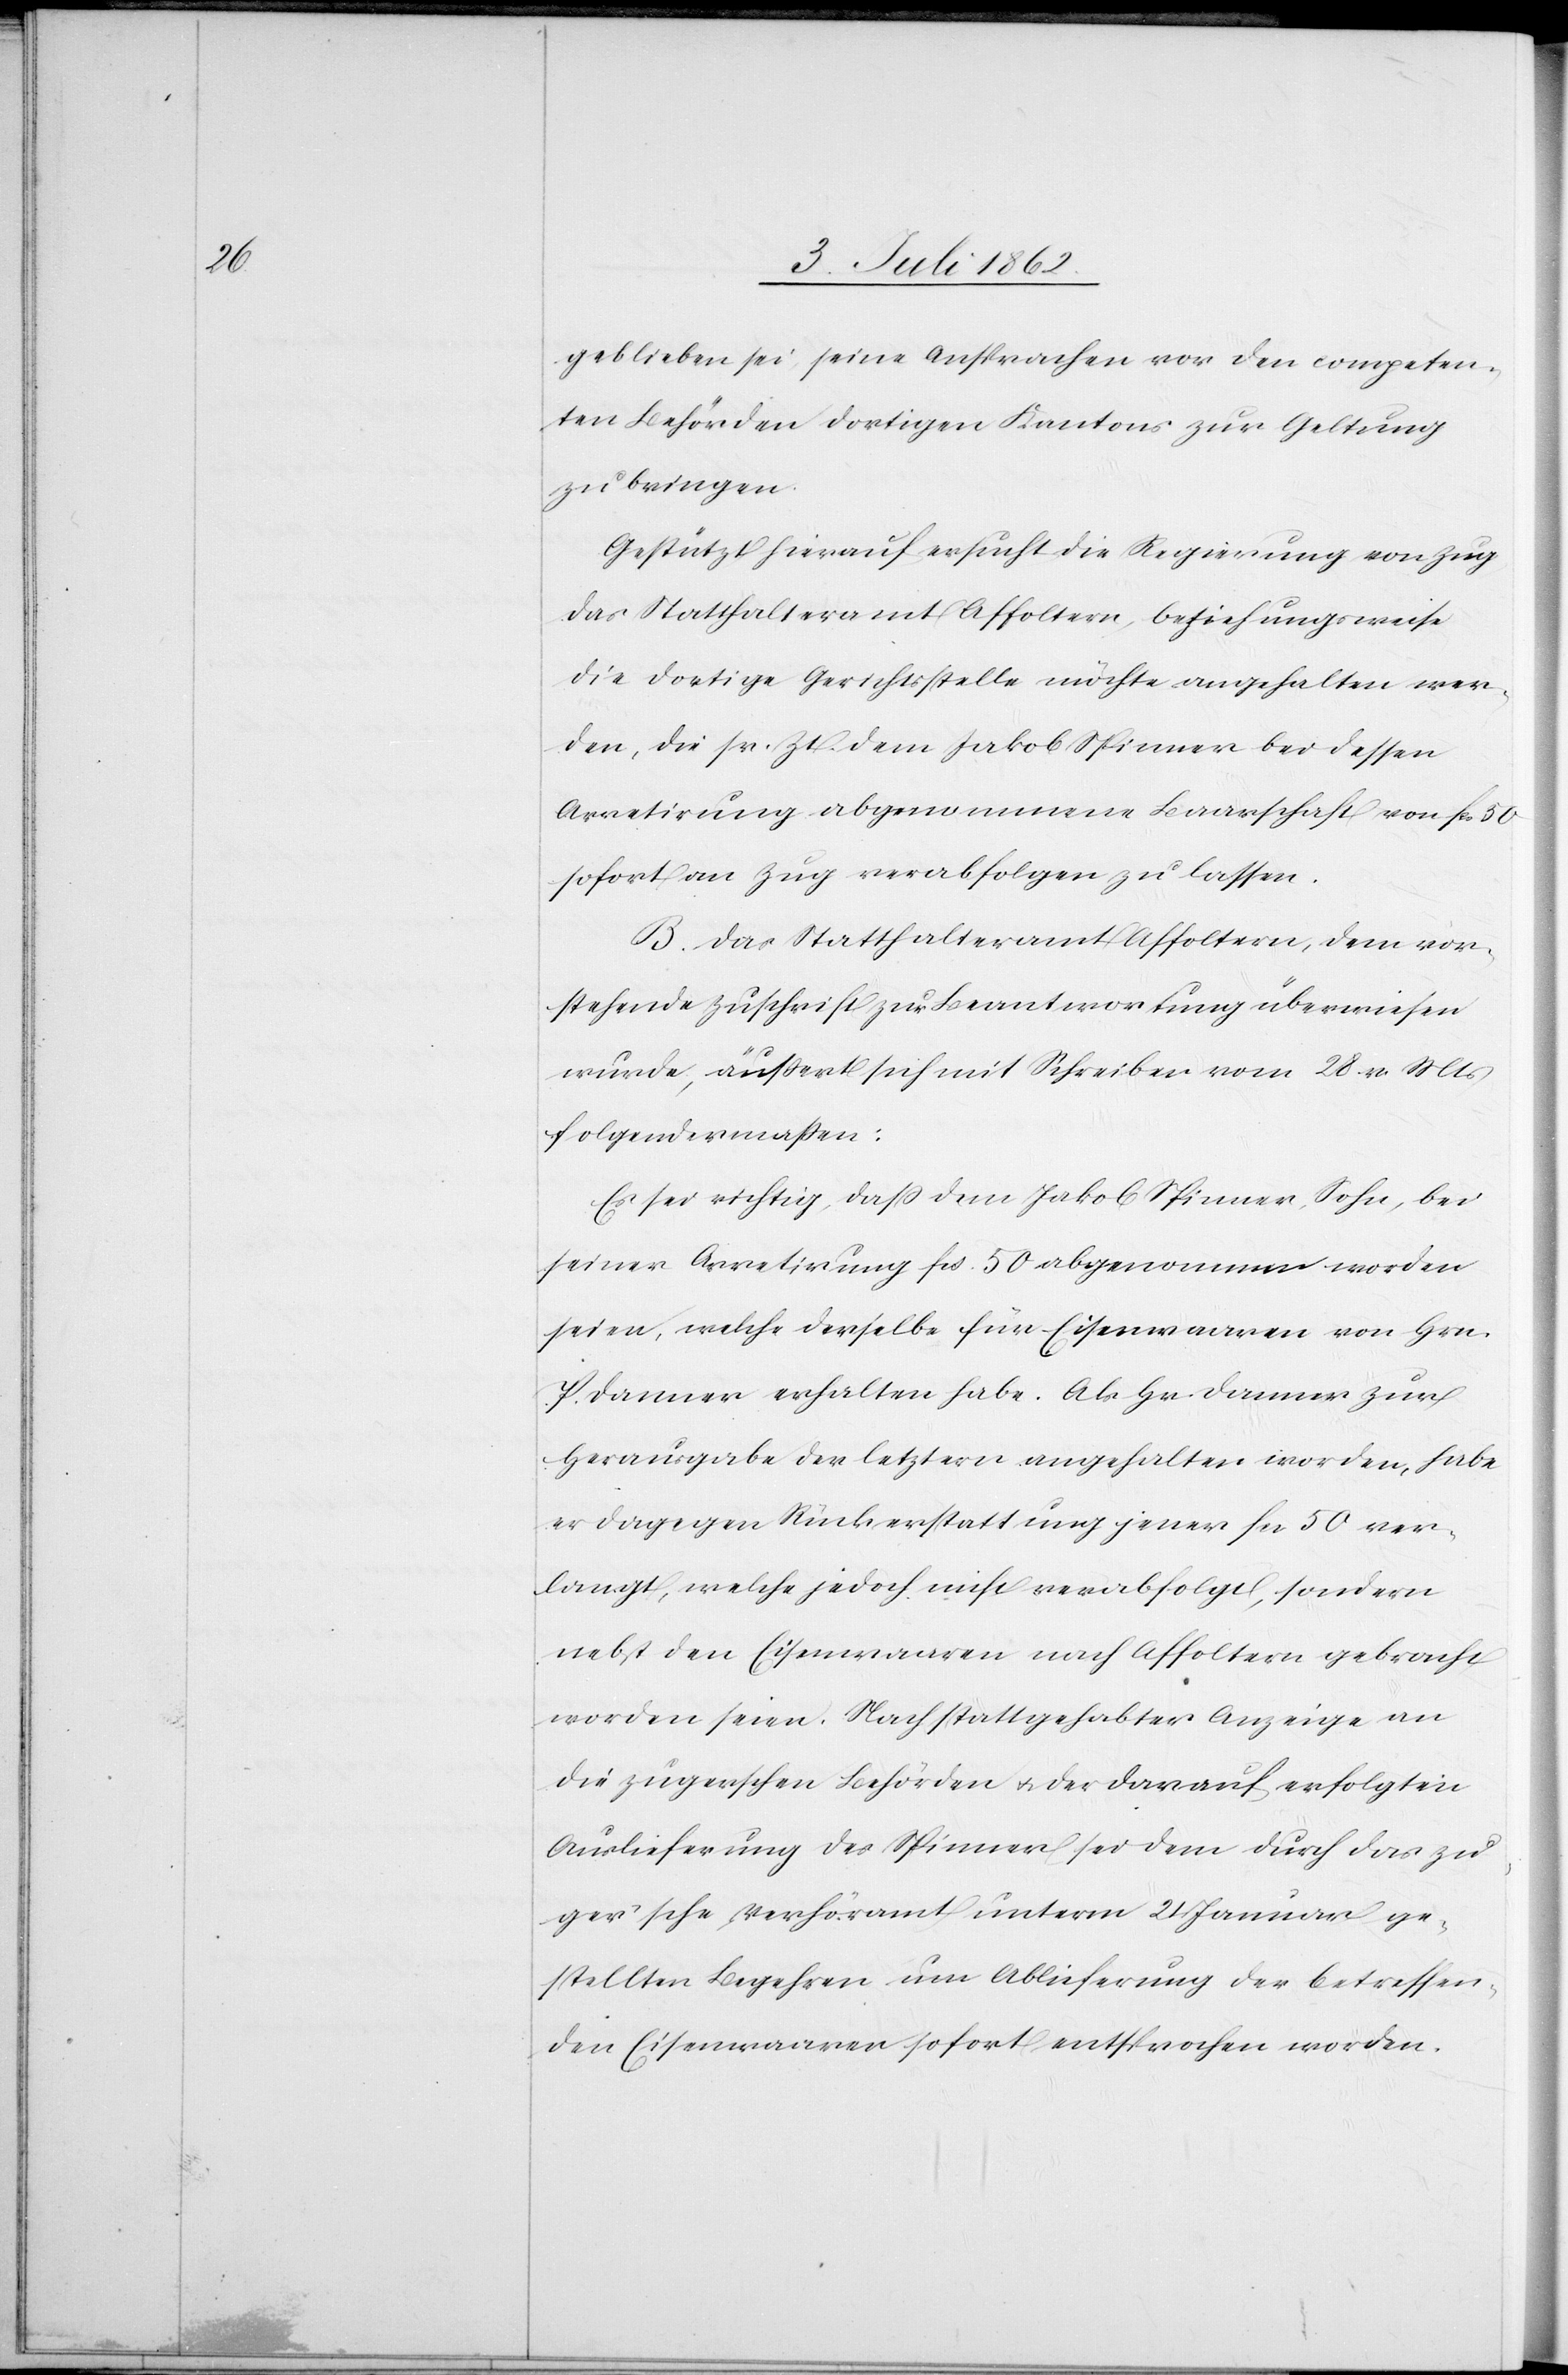
geblieben sei, seine Ansprachen vor den competen¬
ten Behörden dortigen Kantons zur Geltung
zu bringen.
Gestützt hierauf ersucht die Regierung von Zug
das Statthalteramt Affoltern, beziehungsweise
die dortige Gerichtsstelle möchte angehalten wer¬
den, die sr. Zt. dem Jakob Spinner bei dessen
Arretirung abgenommenene Baarschaft von Fr. 50
sofort an Zug verabfolgen zu lassen.
B. Das Statthalteramt Affoltern, dem vor¬
stehende Zuschrift zur Beantwortung überwiesen
wurde, äußert sich mit Schreiben vom 28. v. Mts.
folgendermaßen:
Es sei richtig, daß dem Jakob Spinner, Sohn, bei
seiner Arretirung Fcs. 50 abgenommen worden
seien, welche derselbe für Eisenwaaren von Hrn.
P. Danner erhalten habe. Als Hr. Danner zur
Herausgabe der letztern angehalten worden, habe
er dagegen Rückerstattung jener Fcs. 50 ver¬
langt, welche jedoch nicht verabfolgt, sondern
nebst den Eisenwaaren nach Affoltern gebracht
worden seien. Nach stattgehabter Anzeige an
die zugerschen Behörden u. der darauf erfolgten
Auslieferung des Spinner sei dem durch das zu¬
ger’sche Verhöramt unterm 21 Januar ge¬
stellten Begehren um Ablieferung der betreffen¬
den Eisenwaaren sofort entsprochen worden.